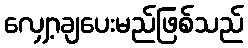
လျှော့ချပေးမည်ဖြစ်သည်